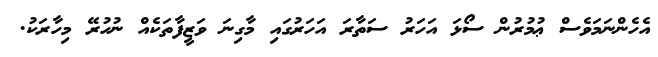
އެހެންނަމަވެސް ޢުމުރުން ސޯޅަ އަހަރު ސަތާރަ އަހަރުގައި މާގިނަ ވަޒީފާތަކެއް ނުހުރޭ މިހާރަކު.